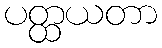
ပတ္ထယတာ